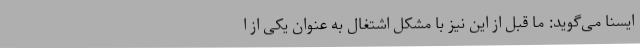
ایسنا می‌گوید: ما قبل از این نیز با مشکل اشتغال به عنوان یکی از ا